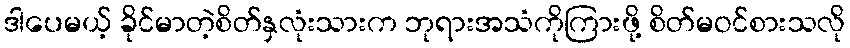
ဒါပေမယ့် ခိုင်မာတဲ့စိတ်နှလုံးသားက ဘုရားအသံကိုကြားဖို့ စိတ်မဝင်စားသလို